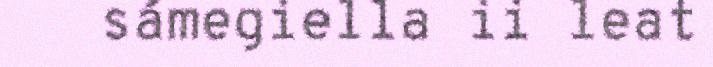
sámegiella ii leat